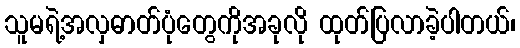
သူမရဲ့အလှဓာတ်ပုံတွေကိုအခုလို ထုတ်ပြလာခဲ့ပါတယ်၊